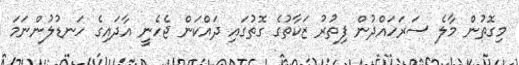
މިގޮތުން މާލެ ސަރަހައްދުން ފިތުރު ޒަކާތުގެ ގޮތުގައި ދައްކަން ޖެހެނީ އާދައިގެ ހަނޑުލުންނަމަ